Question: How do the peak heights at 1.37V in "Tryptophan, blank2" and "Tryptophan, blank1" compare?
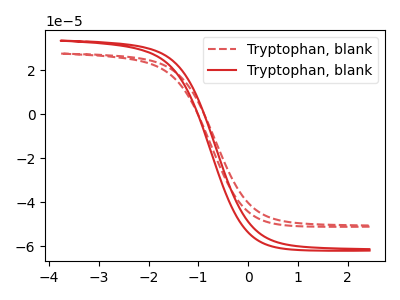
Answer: <think>The red dashed curve "Tryptophan, blank1" has no peaks. The red curve "Tryptophan, blank2" has no peaks.</think>
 <answer>"Tryptophan, blank2" and "Tryptophan, blank1" dont share a peak at 1.37V.</answer>
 <eval>mismatch</eval>